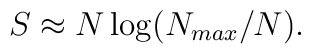
S\approx N\log (N_{max}/N ).